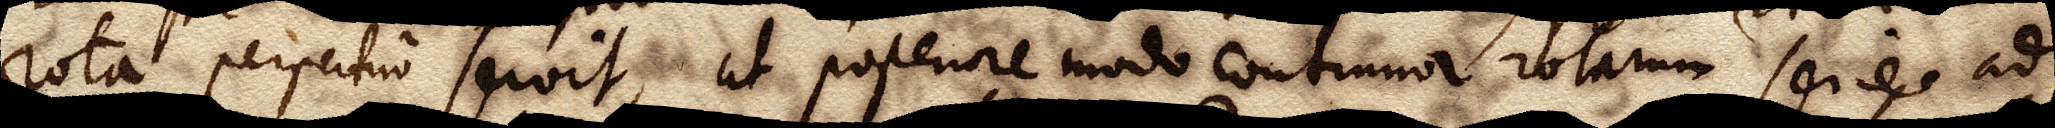
rota perpetuo servit, at posteriore modo continua rotarum serie ad